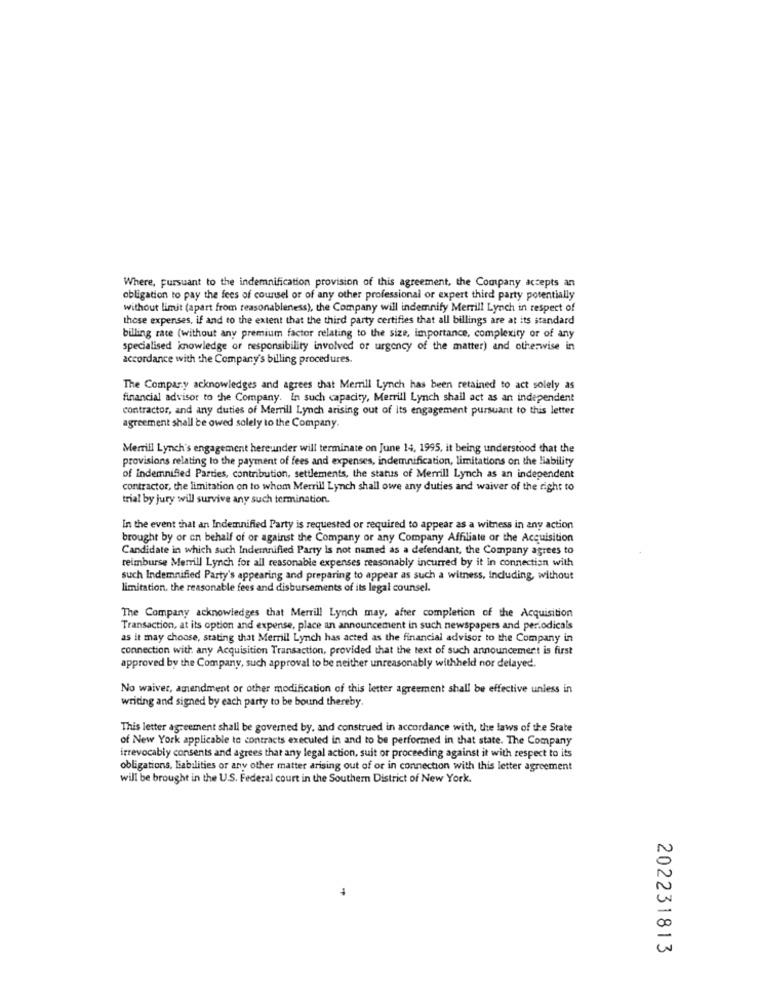
Where, pursuant to the indemnification provision of this agreement, the Company accepts an
obligation to pay the fees of counsel or of any other professional or expert third party potentially
without limit (apart from reasonableness), the Company will indemnify Merrill Lynch in respect of
these expenses, if and to the extent that the third party certifies that all billings are at its standard
billing rate (without any premium factor relating to the size, importance, complexity or of any
specialised knowledge of responsibility involved of urgency of the matter) and otherwise in
accordance with the Company's billing procedures.
The Company acknowledges and agrees that Merrill Lynch has been retained to act solely as
financial advisor to the Company. In such capacity, Merrill Lynch shail act as an independent
contractor, and any duties of Merrill Lynch arising out of its engagement pursuant to this letter
agreement shall be owed solely to the Company.
Merrill Lynch's engagement hereunder will terminate on June 14, 1995, it being understood that the
provisions relating to the payment of fees and expenses, indemnification, limitations on the liability
of indemnified Parties, contribution, settlements, the status of Merrill Lynch as an independent
contractor, the limitation on to whom Merrill Lynch shall owe any duties and waiver of the right to
trial by jury will survive any such termination.
In the event that an Indemnified Party is requested or required to appear as a witness in any action
brought by or on behalf of or against the Company or any Company Affiliate or the Acquisition
Candidate in which such Indemnified Party is not named as a defendant, the Company agrees to
reimburse Merrill Lynch for all reasonable expenses reasonably incurred by it in connection with
such Indemnified Party's appearing and preparing to appear as such a witness, Including, without
limitation, the reasonable fees and disbursements of its legal counsel.
The Company acknowledges that Merrill Lynch may, after completion of the Acquisition
Transaction, at its option and expense, place an announcement in such newspapers and periodicals
as it may choose, stating that Merrill Lynch has acted as the financial advisor to the Company in
connection with any Acquisition Transaction, provided that the text of such announcement is first
approved by the Company, such approval to be neither unreasonably withheld nor delayed.
No waiver, amendment or other modification of this letter agreement shall be effective unless in
writing and signed by each party to be bound thereby.
This letter agreement shall be governed by, and construed in accordance with, the laws of the State
of New York applicable to contracts executed in and to be performed in that state. The Company
irrevocably consents and agrees that any legal action, suit or proceeding against it with respect to its
obligations, Liabilities or any other matter arising out of or in connection with this letter agreement
will be brought in the U.S. Federal court in the Southern District of New York.
202231813